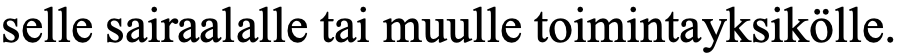
selle sairaalalle tai muulle toimintayksikölle.